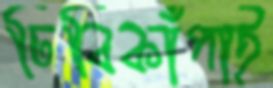
ঢিবিকাঁপাই